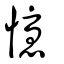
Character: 懮